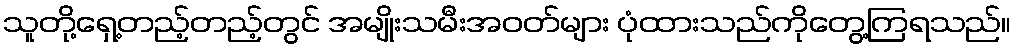
သူတို့ရှေ့တည့်တည့်တွင် အမျိုးသမီးအဝတ်များ ပုံထားသည်ကိုတွေ့ကြရသည်။